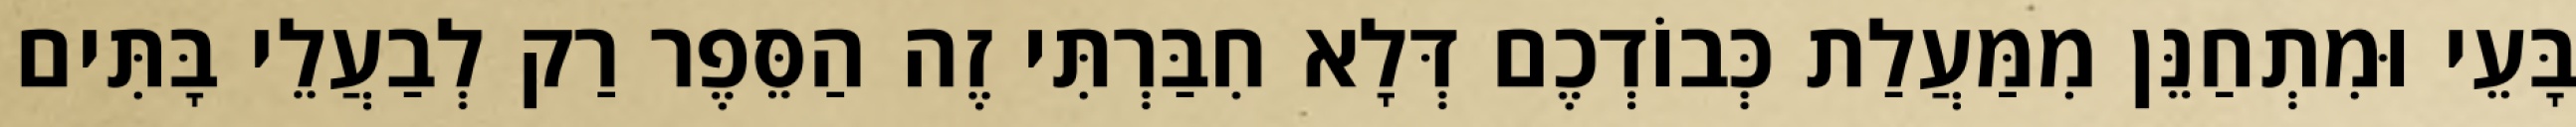
בָּעֵי וּמִתְחַנֵּן מִמַּעֲלַת כְּבוֹדְכֶם דְּלָא חִבַּרְתִּי זֶה הַסֵּפֶר רַק לְבַעֲלֵי בָּתִּים